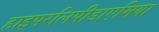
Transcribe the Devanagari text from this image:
हाइपरलिपीडाएमिया